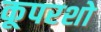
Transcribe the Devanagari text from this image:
कूपरशो